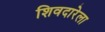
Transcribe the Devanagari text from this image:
शिवदारेला